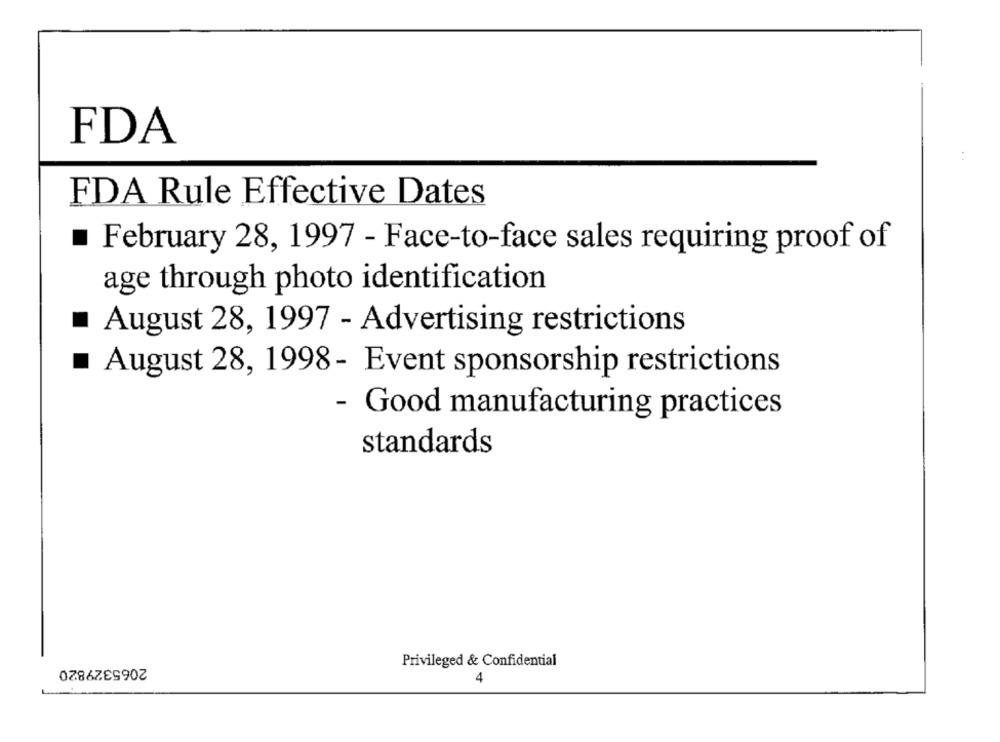
FDA
FDA Rule Effective Dates
February 28, 1997 - Face-to-face sales requiring proof of
age through photo identification
August 28, 1997 - Advertising restrictions
August 28, 1998 - Event sponsorship restrictions
- Good manufacturing practices
standards
2065329820
Privileged & Confidential
4